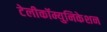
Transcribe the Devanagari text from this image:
टेलीकॉम्युनिकेशन